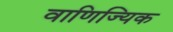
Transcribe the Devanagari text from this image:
वाणिज्यिक